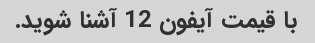
با قیمت آیفون 12 آشنا شوید.